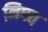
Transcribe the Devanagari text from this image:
निषत्